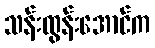
သန်းထွန်းအောင်က